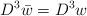
LaTeX: \begin{align*}D^{3}\bar{w}=D^{3}w\end{align*}